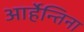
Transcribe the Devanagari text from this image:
आर्हेन्तिना